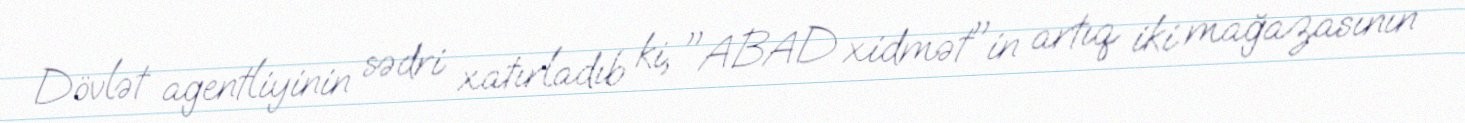
Dövlət agentliyinin sədri xatırladıb ki, "ABAD xidmət"in artıq iki mağazasının